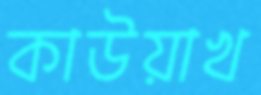
কাউয়াখ